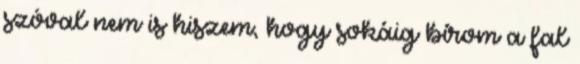
szóval nem is hiszem, hogy sokáig bírom a fal